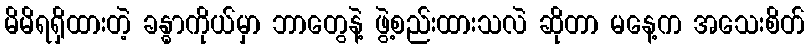
မိမိရရှိထားတဲ့ ခန္ဓာကိုယ်မှာ ဘာတွေနဲ့ ဖွဲ့စည်းထားသလဲ ဆိုတာ မနေ့က အသေးစိတ်